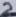
Text: 2